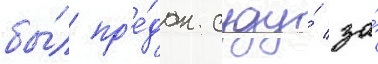
бы́л пр'е́дан суду́ за́